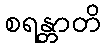
စရန္တာတိ